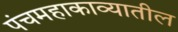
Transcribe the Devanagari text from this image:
पंचमहाकाव्यातील